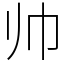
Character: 帅